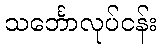
သင်္ဘောလုပ်ငန်း